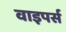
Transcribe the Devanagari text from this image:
वाइपर्स